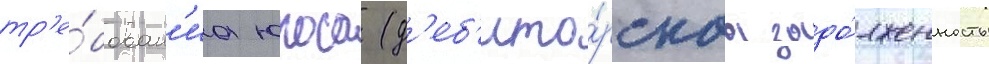
тр'е́бован'иа юкоса (д'еб'ито́рскаа задо́лженность